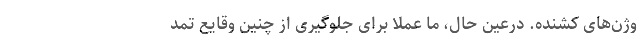
وژن‌های کشنده. درعین حال، ما عملاً برای جلوگیری از چنین وقایع تمد